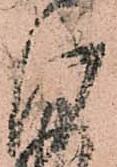
御